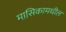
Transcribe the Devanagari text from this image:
मासिकामधील